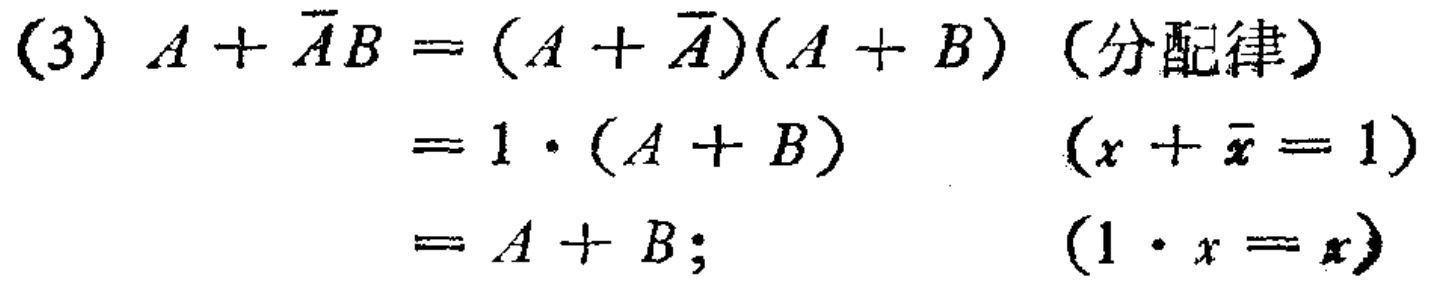
(3) \(A+\overline{A}B=(A + \overline{A})(A + B)\)（分配律）

\(=1\cdot(A + B)\)  \((x+\overline{x}=1)\)

\(=A + B;\)  \((1\cdot x = x)\)